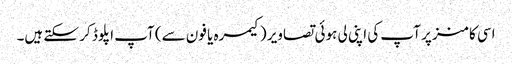
اسی کامنز پر آپ کی اپنی لی ہوئی تصاویر (کیمرہ یا فون سے) آپ اپلوڈ کر سکتے ہیں۔